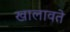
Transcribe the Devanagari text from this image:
खालावते